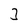
Character: 3